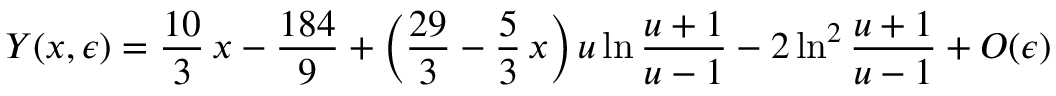
Y ( x , \epsilon ) = \frac { 1 0 } { 3 } \, x - \frac { 1 8 4 } { 9 } + \left( \frac { 2 9 } { 3 } - \frac 5 3 \, x \right) u \ln \frac { u + 1 } { u - 1 } - 2 \ln ^ { 2 } \frac { u + 1 } { u - 1 } + O ( \epsilon )